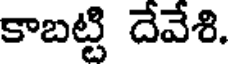
కాబట్టి దేవేశి.